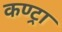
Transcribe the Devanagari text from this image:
कण्ट्रा